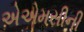
એએમસીની